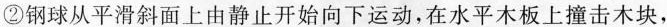
②钢球从平滑斜面上由静止开始向下运动，在水平木板上撞击木块，